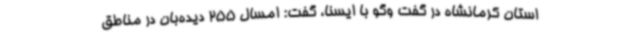
استان کرمانشاه در گفت وگو با ایسنا، گفت: امسال 255 دیده‌بان در مناطق